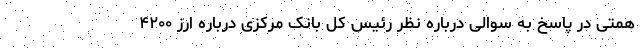
همتی در پاسخ به سوالی درباره نظر رئیس کل بانک مرکزی درباره ارز ۴۲۰۰